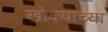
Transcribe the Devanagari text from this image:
खोक्याच्या